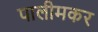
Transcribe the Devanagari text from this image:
पालीमकर